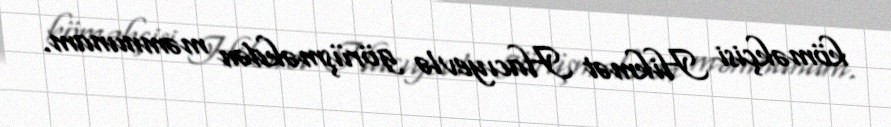
köməkçisi Hikmət Hacıyevlə görüşməkdən məmnunam.